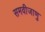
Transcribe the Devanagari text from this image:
समवीजाणु